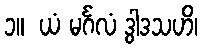
၁။  ယံ မင်္ဂလံ ဒွါဒသဟိ၊